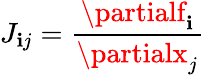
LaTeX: J_{\mathbf{i}j}=\frac{{\partialf_{\mathbf{i}}}}{{\partialx_{j}}}